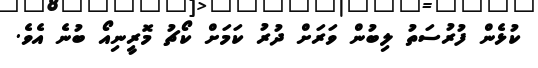
ކުޅެން ފުރުސަތު ލިބުން ވަރަށް ދުރު ކަމަށް ކޯޗު މޮރީނިއޯ ބުނެ އެވެ.